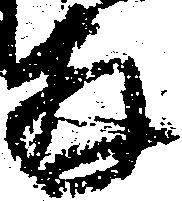
存